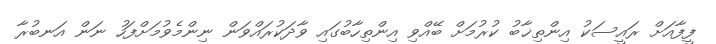
ފީފާއަށް ރައީސަކު އިންތިޚާބު ކުރުމަށް ބޭއްވި އިންތިހާބުގައި ވާދަކުރައްވަން ނިންމެވުމަށްފަހު ނަން އަނބުރާ